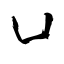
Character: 凵